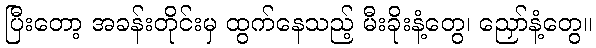
ပြီးတော့ အခန်းတိုင်းမှ ထွက်နေသည့် မီးခိုးနံ့တွေ၊ ညှော်နံ့တွေ။